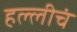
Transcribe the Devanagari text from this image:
हल्लीचं